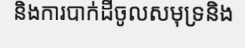
និងការបាក់ដីចូលសមុទ្រនិង